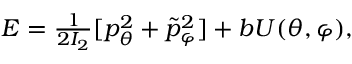
\begin{array} { r } { E = \frac { 1 } { 2 I _ { 2 } } [ p _ { \theta } ^ { 2 } + \tilde { p } _ { \varphi } ^ { 2 } ] + b U ( \theta , \varphi ) , } \end{array}